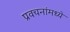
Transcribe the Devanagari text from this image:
प्रवचनांमध्ये